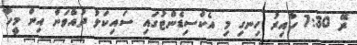
ރޭ 7:30 ހާއިރު ހިނގި މި އެކްސިޑެންޓުގައި ސައިކަލު ދުއްވަން އިން މީހާ